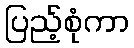
ပြည့်စုံကာ